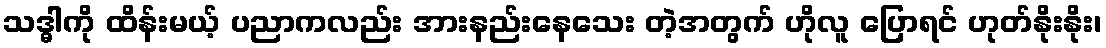
သဒ္ဓါကို ထိန်းမယ့် ပညာကလည်း အားနည်းနေသေး တဲ့အတွက် ဟိုလူ ပြောရင် ဟုတ်နိုးနိုး၊